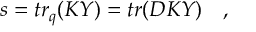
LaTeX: s = t r _ { q } ( K Y ) = t r ( { \cal D } K Y ) \quad ,